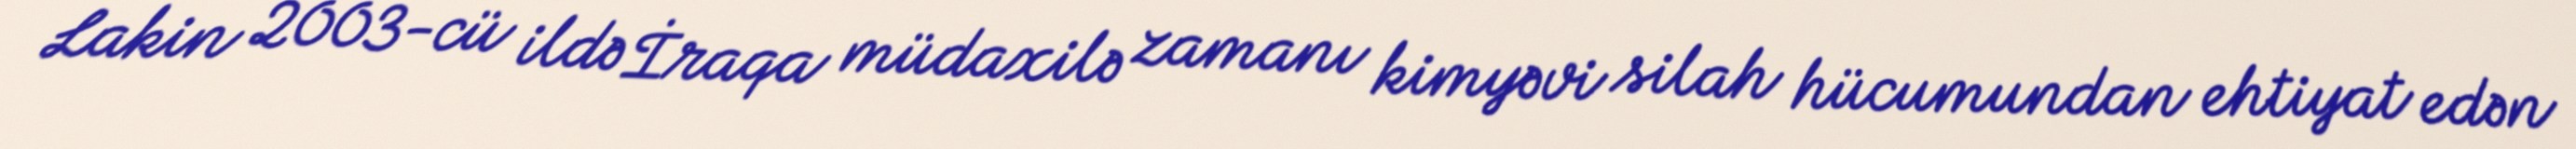
Lakin 2003-cü ildə İraqa müdaxilə zamanı kimyəvi silah hücumundan ehtiyat edən